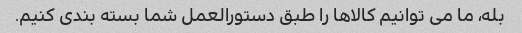
بله، ما می توانیم کالاها را طبق دستورالعمل شما بسته بندی کنیم.